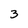
Character: 3